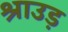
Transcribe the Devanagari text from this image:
श्राउड़